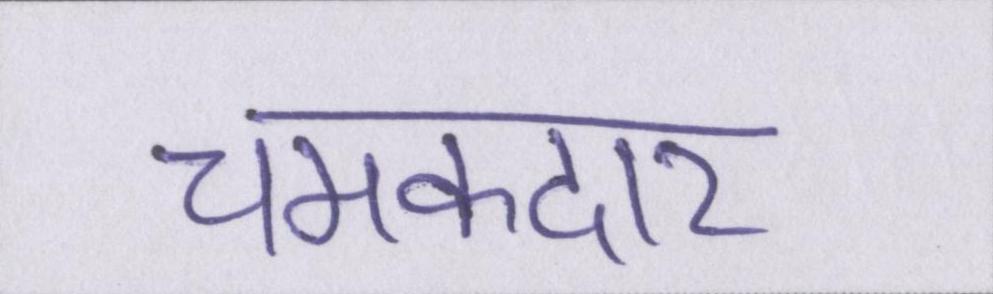
चमकदार